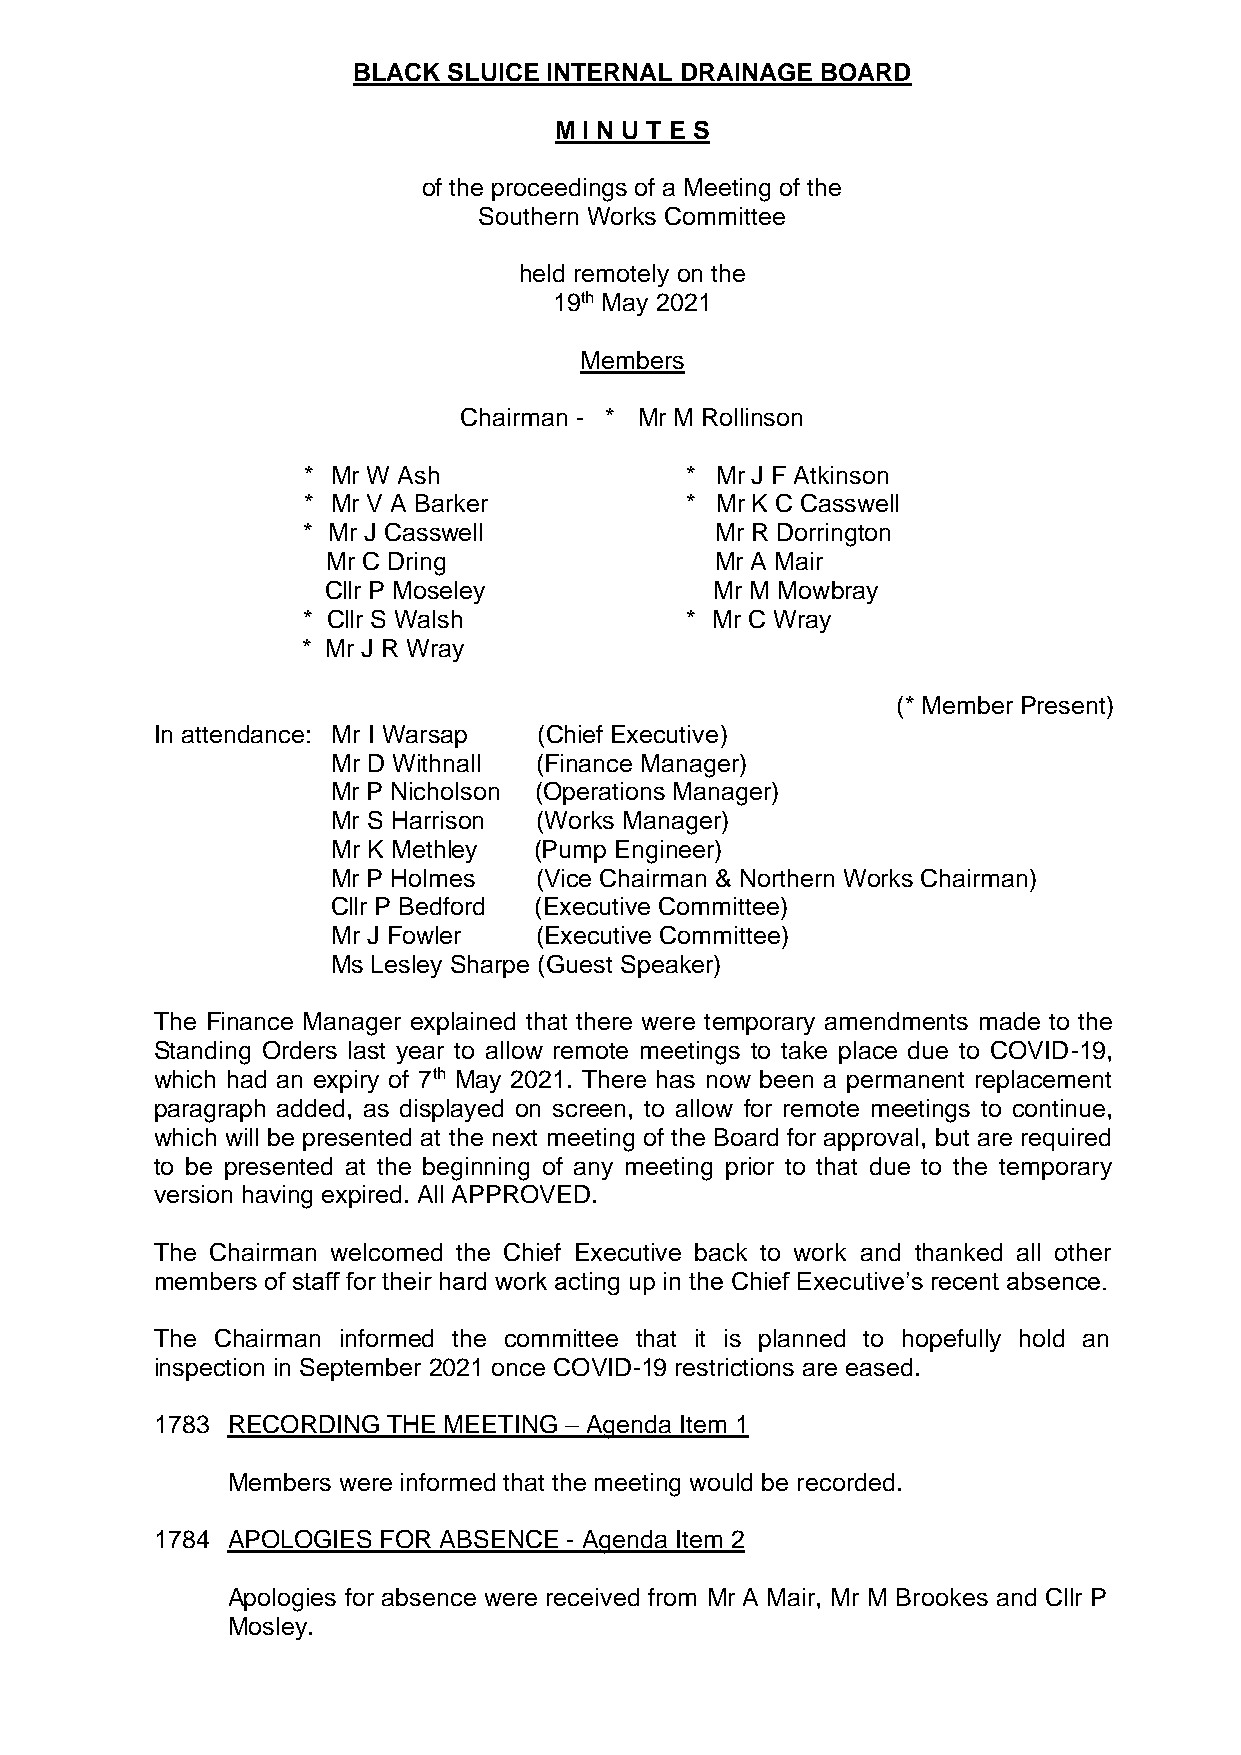
BLACK  SLUICE INTERNAL DRAINAGE BOARD
 M I N U T E S
 of the proceedings of a Meeting of the
 Southern Works Committee
 held remotely on the
 19th May 2021
 Members
 Chairman - * Mr M Rollinson
 * Mr W Ash               * Mr J F Atkinson
 * Mr V A Barker          * Mr K C Casswell
 * Mr J Casswell            Mr R Dorrington
 Mr C Dring               Mr A Mair
 Cllr P Moseley            Mr M Mowbray
 * Cllr S Walsh           * Mr C Wray
 * Mr J R Wray
 (* Member Present)
 In attendance: Mr I Warsap (Chief Executive)
 Mr D Withnall (Finance Manager)
 Mr P Nicholson (Operations Manager)
 Mr S Harrison (Works Manager)
 Mr K Methley (Pump Engineer)
 Mr P Holmes   (Vice Chairman & Northern Works Chairman)
 Cllr P Bedford (Executive Committee)
 Mr J Fowler   (Executive Committee)
 Ms Lesley Sharpe (Guest Speaker)
 The Finance Manager explained that there were temporary amendments made to the
 Standing Orders last year to allow remote meetings to take place due to COVID-19,
 which had an expiry of 7th May 2021. There has now been a permanent replacement
 paragraph added, as displayed on screen, to allow for remote meetings to continue,
 which will be presented at the next meeting of the Board for approval, but are required
 to be presented at the beginning of any meeting prior to that due to the temporary
 version having expired. All APPROVED.
 The Chairman welcomed the Chief Executive back to work and thanked all other
 members of staff for their hard work acting up in the Chief Executive’s recent absence.
 The Chairman informed the committee that it is planned to hopefully hold an
 inspection in September 2021 once COVID-19 restrictions are eased.
 1783 RECORDING  THE MEETING – Agenda Item 1
 Members were informed that the meeting would be recorded.
 1784 APOLOGIES FOR ABSENCE - Agenda Item 2
 Apologies for absence were received from Mr A Mair, Mr M Brookes and Cllr P
 Mosley.